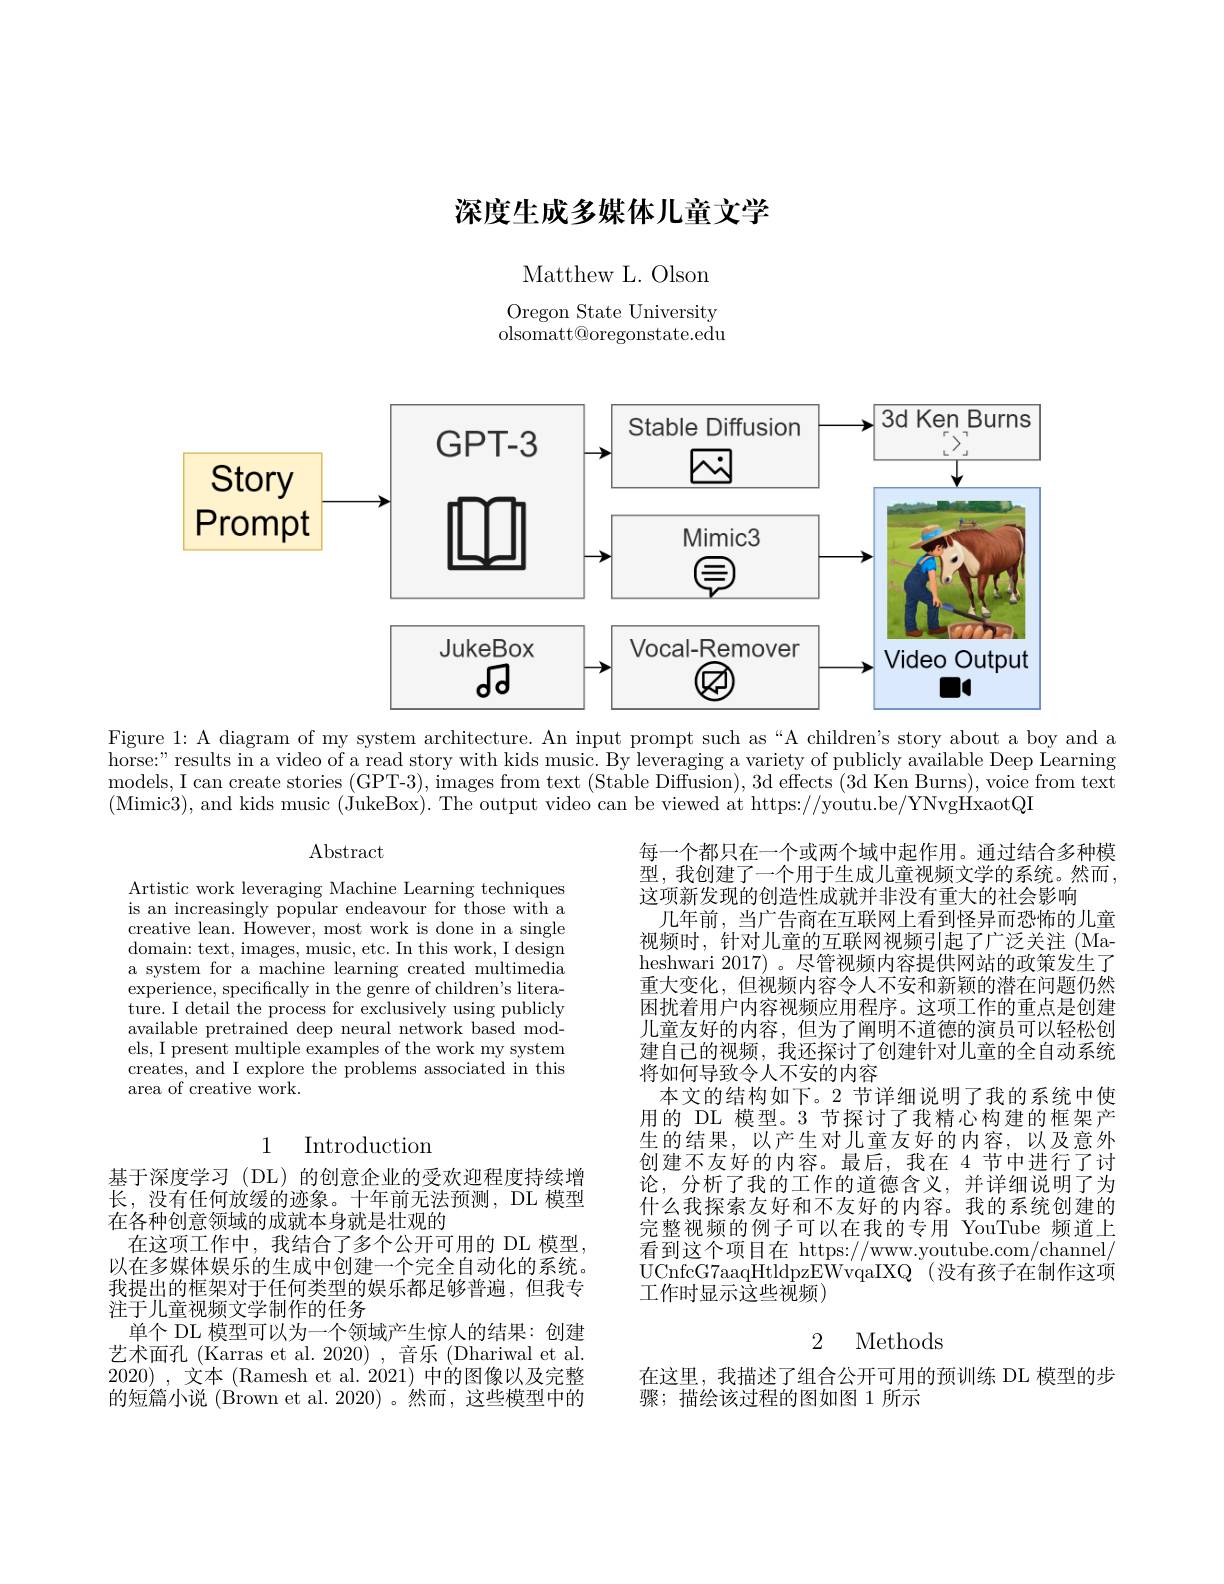
# 深度生成多媒体儿童文学

Matthew L. Olson

Oregon State University olsomatt@oregonstate.edu

<FigureHere>

Figure 1: A diagram of my system architecture. An input prompt such as“A children's story about a boy and a horse:" results in a video of a read story with kids music. By leveraging a variety of publicly available Deep Learning models, I can create stories (GPT-3), images from text (Stable Diffusion), 3d effects (3d Ken Burns), voice from text (Mimic3),and kids music (JukeBox). The output video can be viewed at https://youtu.be/YNvgHxaotQI

$\operatorname{Abstract}$

Artistic work leveraging Machine Learning techniques is an increasingly popular endeavour for those with a creative lean. However, most work is done in a single domain: text, images, music, etc. In this work, I design a system for a machine learning created multimedia experience, specifically in the genre of children's literature. I detail the process for exclusively using publicly available pretrained deep neural network based models, I present multiple examples of the work my system creates, and I explore the problems associated in this area of creative work.

每一个都只在一个或两个域中起作用。通过结合多种模型，我创建了一个用于生成儿童视频文学的系统。然而， 这项新发现的创造性成就并非没有重大的社会影响
几年前，当广告商在互联网上看到怪异而恐怖的儿童视频时，针对儿童的互联网视频引起了广泛关注(Maheshwari 2017) 。尽管视频内容提供网站的政策发生了重大变化，但视频内容令人不安和新颖的潜在问题仍然困扰着用户内容视频应用程序。这项工作的重点是创建儿童友好的内容，但为了阐明不道德的演员可以轻松创建自己的视频，我还探讨了创建针对儿童的全自动系统将如何导致令人不安的内容
本文的结构如下。2 节详细说明了我的系统中使用的 DL 模型。3 节探讨了我精心构建的框架产生的结果，以产生对儿童友好的内容，以及意外创建不友好的内容。最后，我在 4节中进行了讨论，分析了我的工作的道德含义，并详细说明了为什么我探索友好和不友好的内容。我的系统创建的完整视频的例子可以在我的专用 YouTube 频道上看到这个项目在 https://www.youtube.com/channel/ UCnfcG7aaqHtldpzEWvqaIXQ (没有孩子在制作这项工作时显示这些视频)

# 1 Introduction

基于深度学习(DL)的创意企业的受欢迎程度持续增长，没有任何放缓的迹象。十年前无法预测，DL 模型在各种创意领域的成就本身就是壮观的
在这项工作中，我结合了多个公开可用的 DL 模型， 以在多媒体娱乐的生成中创建一个完全自动化的系统。我提出的框架对于任何类型的娱乐都足够普遍，但我专注于儿童视频文学制作的任务
单个 DL 模型可以为一个领域产生惊人的结果：创建艺术面孔(Karras et al. 2020),音乐(Dhariwal et al. 2020) , 文本 (Ramesh et al. 2021) 中的图像以及完整的短篇小说 (Brown et al. 2020)。然而，这些模型中的

## 2 Methods

在这里，我描述了组合公开可用的预训练 DL 模型的步
骤；描绘该过程的图如图 1 所示